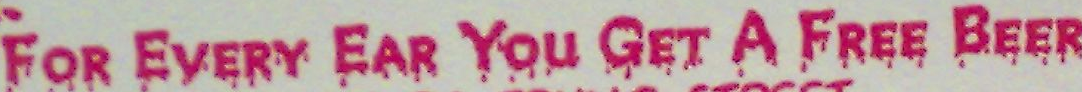
FOR EVERY EAR You GET A FREE BEER